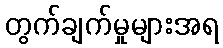
တွက်ချက်မှုများအရ